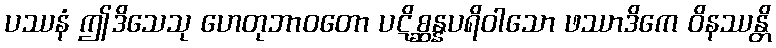
ပဿနံ ဤဒိသေသု ဟေတုဘာဝတော ပဋိစ္ဆန္နပရိဝါသော ဖဿာဒိကေ ဝိနဿန္တိ